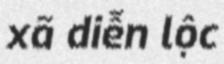
xã diễn lộc